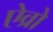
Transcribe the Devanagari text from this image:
ऐव्रो